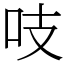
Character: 吱